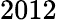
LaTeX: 2012